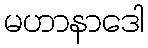
မဟာနာဒေါ